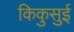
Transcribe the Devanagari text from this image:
किकुसुई